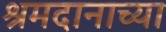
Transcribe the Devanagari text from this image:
श्रमदानाच्या